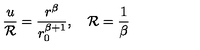
{ \frac { u } { \cal R } } = { \frac { r ^ { \beta } } { r _ { 0 } ^ { \beta + 1 } } } , \quad { \cal R } = { \frac { 1 } { \beta } }